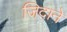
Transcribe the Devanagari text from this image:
जिदाने